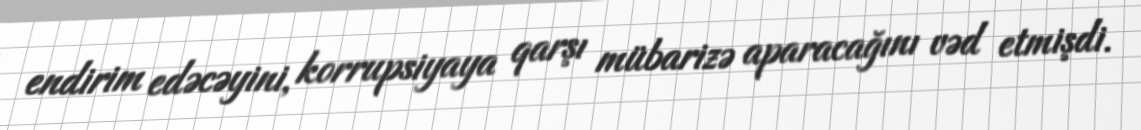
endirim edəcəyini, korrupsiyaya qarşı mübarizə aparacağını vəd etmişdi.